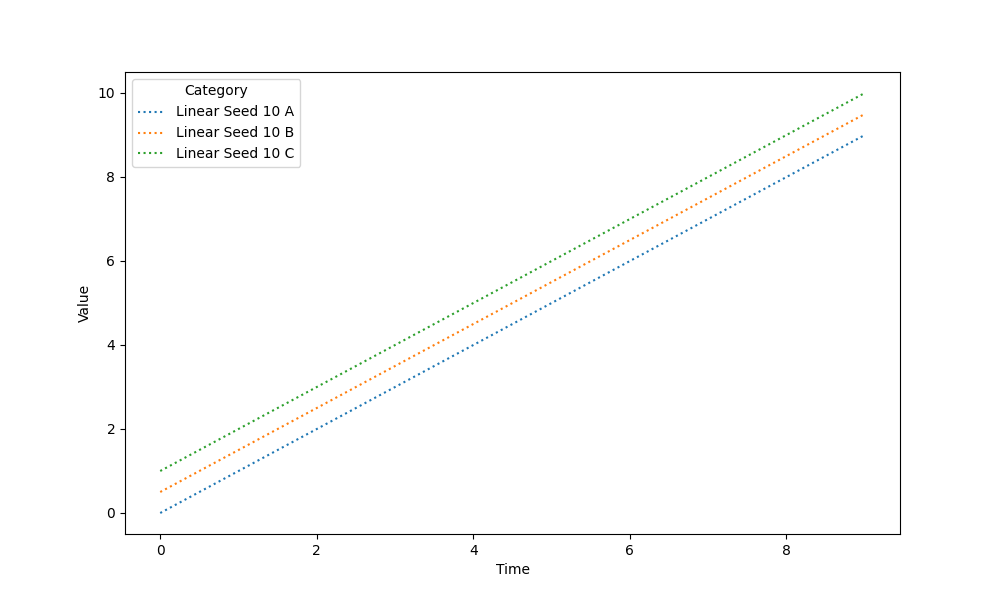
python, seaborn, lineplot, style='dotted', marker='None'